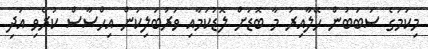
މިކަމުގެ ސަބަބުން ހޭލާއިރު މާ ބޮޑަށް ލޮޑުކަމާއި ވަރުބަލިކަން އިހްސާސް ކުރެވި އަދި